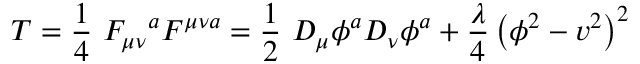
T = \frac { 1 } { 4 } \ F _ { \mu \nu } \mathrm { } ^ { a } F ^ { \mu \nu a } = \frac { 1 } { 2 } \ D _ { \mu } \phi ^ { a } D _ { \nu } \phi ^ { a } + \frac { \lambda } { 4 } \left( \phi ^ { 2 } - v ^ { 2 } \right) ^ { 2 }